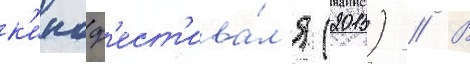
к'иноф'ест'ива́л'я (2015) // В